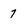
Character: 7